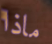
ماذا